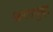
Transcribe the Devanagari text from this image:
आलापुड़ा